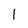
Character: 1